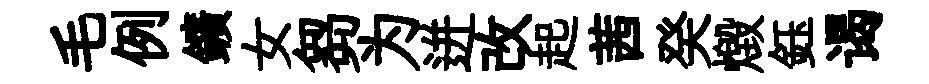
毛例鑛女芻为迸改起茜癸燬鈺谒